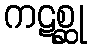
ကဋစ္ဆု